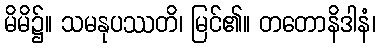
မိမိ၌။ သမနုပဿတိ၊ မြင်၏။ တတောနိဒါနံ၊